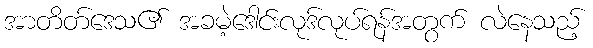
အာတိတ်ဒေသ၏ အခမဲ့ဒေါင်းလုဒ်လုပ်ရန်အတွက် လဲနေသည့်